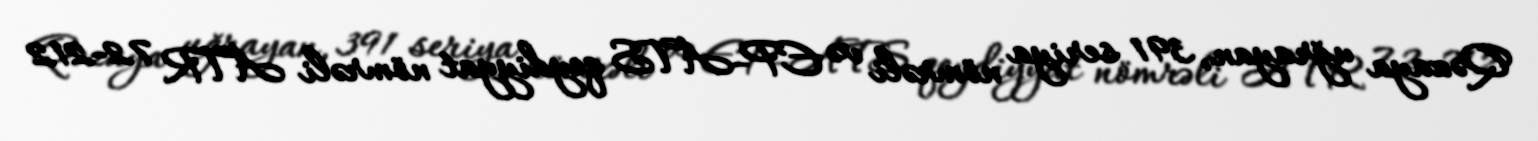
Qəzaya uğrayan, 391 seriya nömrəli və EP-ATS qeydiyyat nömrəli ATR 72-212